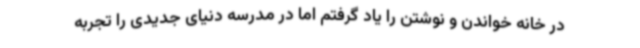
در خانه خواندن و نوشتن را یاد گرفتم اما در مدرسه دنیای جدیدی را تجربه